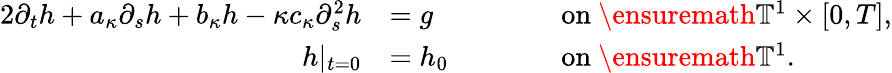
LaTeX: \begin{array}{rlrl}{{2}\partial_{t}h+a_{\kappa}\partial_{s}h+b_{\kappa}h-\kappa c_{\kappa}\partial_{s}^{2}h}&{=g}&{\qquad}&{\mathrm{on~}\ensuremath{\mathbb{T}}^{1}\times[0,T],}\\ {h|_{t=0}}&{=h_{0}}&&{\mathrm{on~}\ensuremath{\mathbb{T}}^{1}.}\end{array}